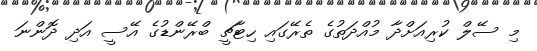
މި ސޭލް ކުރިއަށްދާ މުއްދަތުގެ ތެރޭގައި ހިޓާޗީ ބްރޭންޑުގެ އޭސީ އަދި ދޮންނަ